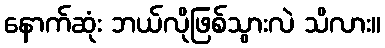
နောက်ဆုံး ဘယ်လိုဖြစ်သွားလဲ သိလား။